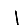
Digit: 1